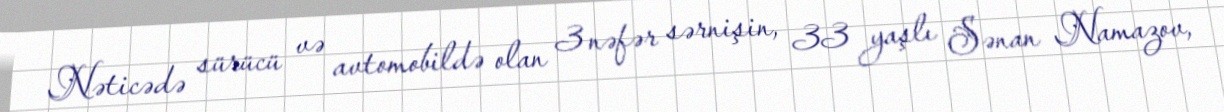
Nəticədə sürücü və avtomobildə olan 3 nəfər sərnişin, 33 yaşlı Sənan Namazov,